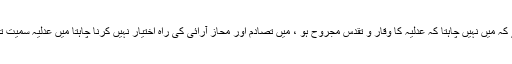
جناب الطاف حسین نے اپنے گزشتہ روز کے بیان میں واشگاف طور پر کہا ہے کہ میں نہیں چاہتا کہ عدلیہ کا وقار و تقدس مجروح ہو ، میں تصادم اور محاز آرائی کی راہ اختیار نہیں کرنا چاہتا میں عدلیہ سمیت تمام اداروں کا دل سے احترام کرتا ہوں اور کسی سے بھی محاز آرائی نہیں چاہتا۔